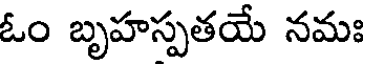
ఓం బృహస్పతయే నమః